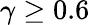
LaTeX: \gamma\ge 0.6